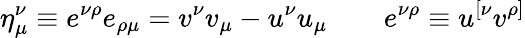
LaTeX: \eta_{\mu}^{\nu}\equiv e^{\nu\rho}e_{\rho\mu}=v^{\nu}v_{\mu}-u^{\nu}u_{\mu}\qquad e^{\nu\rho}\equiv u^{[\nu}v^{\rho]}